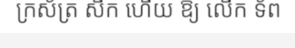
ក្រស័ត្រ សឹក ហើយ ឱ្យ លើក ទ័ព